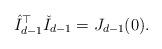
LaTeX: \begin{align*}\hat{I}_{d-1}^\top \check{I}_{d-1} = J_{d-1}(0).\end{align*}